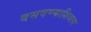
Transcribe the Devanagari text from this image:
बसवण्याशिवाय